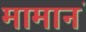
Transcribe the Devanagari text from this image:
मामानं